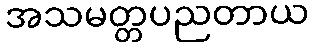
အသမတ္တပညတာယ